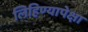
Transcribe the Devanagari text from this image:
लिहिण्यापेक्षा